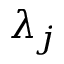
\lambda _ { j }